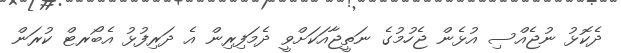
ދެކޮޅު ނުޖެއްސި އުޅެން ޖެހުމުގެ ނަތީޖާއަކަށްވީ ދެމަފިރިން އެ ދަރިފުޅު އެބޯރޓް ކުރަން